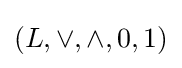
(L,\vee ,\wedge ,0,1)